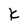
Character: K